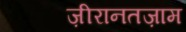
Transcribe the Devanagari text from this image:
ज़ीरानतज़ाम